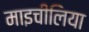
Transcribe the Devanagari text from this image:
माइचीलिया